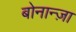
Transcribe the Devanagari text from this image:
बोनान्ज़ा